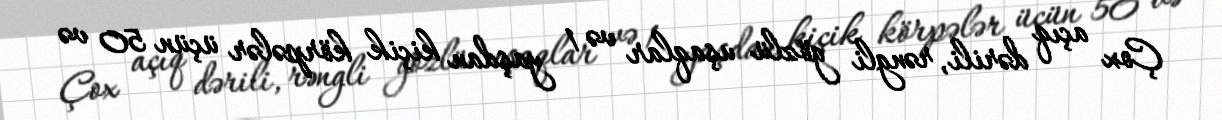
Çox açıq dərili, rəngli gözlü uşaqlar və 1 yaşdan kiçik körpələr üçün 50 və